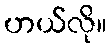
ဟယ်လို။